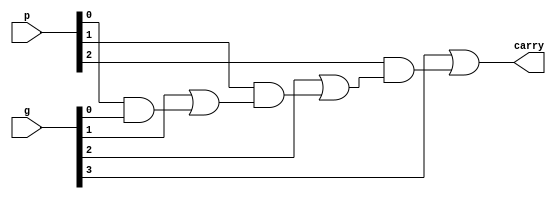
// Copyright {2011} {Jucemar Monteiro - jucemar.monteiro@gmail.com}
//
// Licensed under the Apache License, Version 2.0 (the "License");
// you may not use this file except in compliance with the License.
// You may obtain a copy of the License at

// http://www.apache.org/licenses/LICENSE-2.0

// Unless required by applicable law or agreed to in writing, software
// distributed under the License is distributed on an "AS IS" BASIS,
// WITHOUT WARRANTIES OR CONDITIONS OF ANY KIND, either express or implied.
// See the License for the specific language governing permissions and
// limitations under the License.
//
//-----------------------------------------------------
// Design Name : gen_signal
// Function    : Carry Generate for 4 bit in the CLA Block
// Coder       : Jucemar Monteiro
//-----------------------------------------------------

module gen_signal (g,p,carry);
	parameter n = 4;
	input  [n-1:0] g;
	input  [n-2:0] p;
	output  carry;
	
	wire [n-2:0]c;

	assign c[0]= g[0];
	assign c[1]= g[1] | (p[0] & c[0]);
	assign c[2]= g[2] | (p[1] & c[1]);
	assign carry= g[3] | (p[2] & c[2]);
endmodule